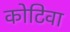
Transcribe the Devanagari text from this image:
कोटिवा